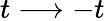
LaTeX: t\longrightarrow-t